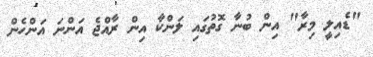
"ޑެއިލީ މިރާ" އިން ބުނާ ގޮތުގައި ލަންކާ އިން ރާއްޖެ އަންނަ އަންހެން